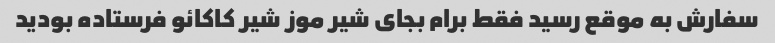
سفارش به موقع رسید فقط برام بجای شیر موز شیر کاکائو فرستاده بودید